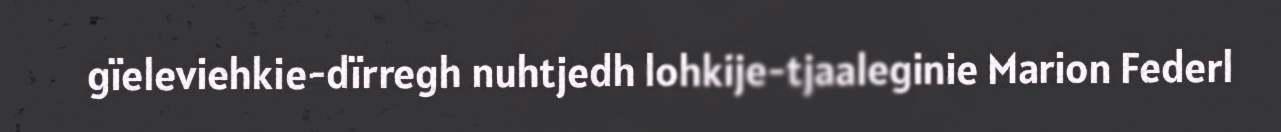
gïeleviehkie-dïrregh nuhtjedh lohkije-tjaaleginie Marion Federl